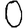
Digit: 0